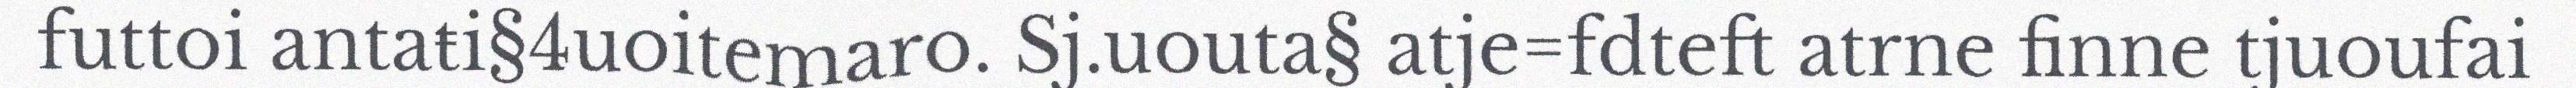
futtoi antaŧi§4uoitemaro. Sj.uouta§ atje=fdteft atrne finne tjuoufai